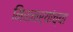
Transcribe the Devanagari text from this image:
मिशनर्‍यांच्या